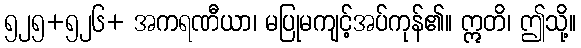
၅၂၅+၅၂၆+ အကရဏီယာ၊ မပြုမကျင့်အပ်ကုန်၏။ ဣတိ၊ ဤသို့။